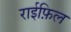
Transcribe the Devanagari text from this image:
राईफ़िल